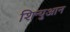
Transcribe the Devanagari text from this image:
शिन्युआन